Vaccination in the Punjab 1905-1918 - 1905-1918
Year: 1905
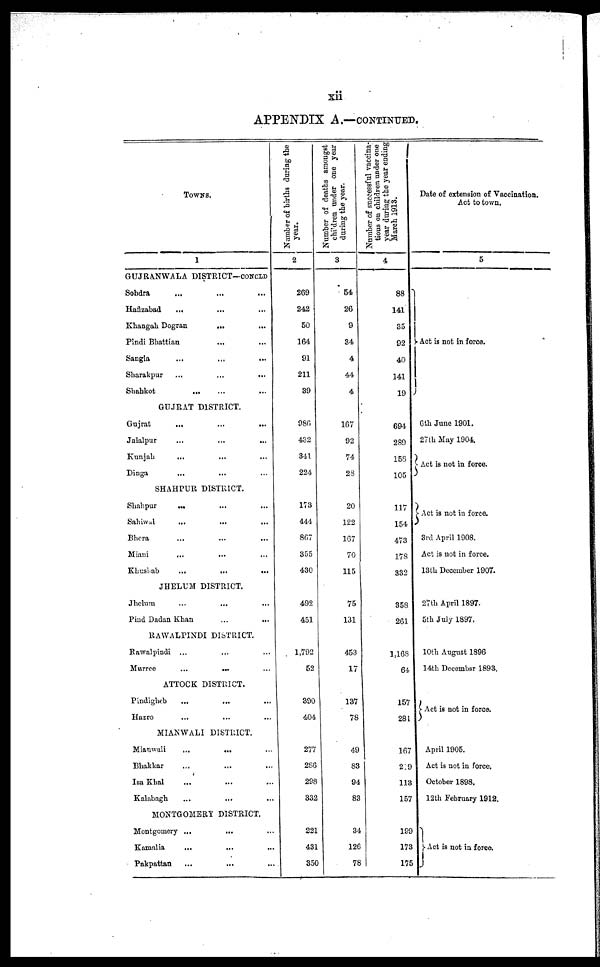
xii
APPENDIX A.— CONTINUED.
TOWNS.
1
GUJRANWALA DISTRICT—CONCLD
Sohdra ... ... ...
Hafizabad
... ... ...
Khangah Dogran
...
...
Pindi Bhattian ... ...
Sangla ... ... ...
Sharakpur
...
...
...
Shahkot
... ... ...
GUJRAT DISTRICT.
Gujrat
... ... ...
Jalalpur ... ... ...
Kunjah
... ... ...
Dinga
...
... ...
SHAHPUR DISTRICT.
Shahpur ... ... ...
Sahiwal
...
...
...
Bhera ... ... ...
Miani
...
... ...
Khushab
...
...
...
JHELUM DISTRICT.
Jhelum
...
...
...
Pind Dadan Khan
...
...
RAWALPINDI DISTRICT.
Rawalpindi ... ... ...
Murree
...
... ...
ATTOCK DISTRICT.
Pindigheb
...
... ...
Hazro ... ... ...
MIANWALI DISTRICT.
Mianwali
...
... ...
Bhakkar ... ... ...
Isa Khal
...
...
...
Kalabagh ... ... ...
MONTGOMERY DISTRICT.
Montgomery ...
... ...
Kamalia
...
...
...
Pakpattan ... ... ...
Number of births during the
year.
2
269
242
50
164
91
211
39
986
432
341
224
173
444
867
355
430
492
451
1,792
52
390
404
277
286
298
332
221
431
350
Number of deaths amongst
children
under one year
during the year.
3
54
26
9
34
4
44
4
167
92
74
28
20
122
167
70
115
75
131
453
17
137
78
49
83
94
83
34
126
78
Number of successful vaccina¬
tions on children under one
year during the year ending
March 1913.
4
88
141
35
92
40
141
19
694
289
158
105
117
154
473
178
332
358
261
1,168
64
157
281
167
219
113
157
199
173
175
Date of extension of Vaccination.
Act to town.
5
Act is not in force.
6th June 1901.
27th May 1904.
Act is not in force.
Act is not in force.
3rd April 1908.
Act is not in force.
13th December 1907.
27th April 1897.
5th July 1897.
10th August 1896
14th Decembsr 1893.
Act is not in force.
April 1905.
Act is not in force.
October 1898.
12th February 1912.
Act is not in force.